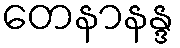
တေနာနန္ဒ